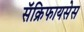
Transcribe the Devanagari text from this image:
सॅक्रिफायसेस